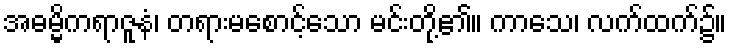
အဓမ္မိကရာဇူနံ၊ တရားမစောင့်သော မင်းတို့၏။ ကာသေ၊ လက်ထက်၌။